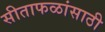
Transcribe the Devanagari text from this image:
सीताफळांसाठी